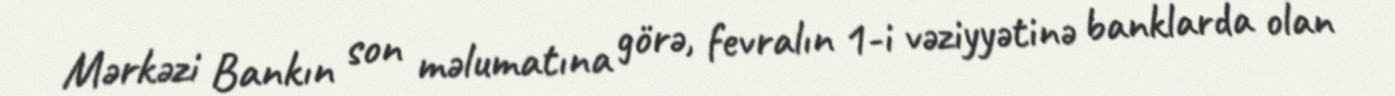
Mərkəzi Bankın son məlumatına görə, fevralın 1-i vəziyyətinə banklarda olan